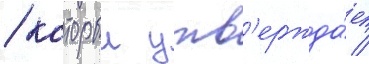
/ которыи утв'ержда́ет /